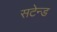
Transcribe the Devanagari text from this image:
सटेन्ड